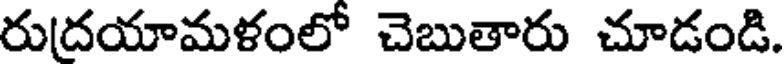
రుదయామళంలో చెబుతారు చూడండి.